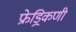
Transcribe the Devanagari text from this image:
फ्रेड्रिकणी